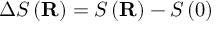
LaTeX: \Delta S \left( \mathbf { R } \right) = S \left( \mathbf { R } \right) - S \left( 0 \right)